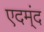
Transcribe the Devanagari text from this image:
एदम्ंद